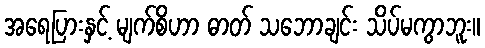
အရေပြားနှင့် မျက်စိဟာ ဓာတ် သဘောချင်း သိပ်မကွာဘူး။